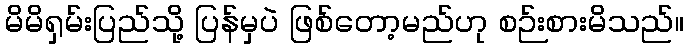
မိမိရှမ်းပြည်သို့ ပြန်မှပဲ ဖြစ်တော့မည်ဟု စဉ်းစားမိသည်။